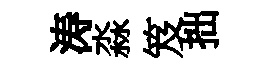
涛淼笈拙